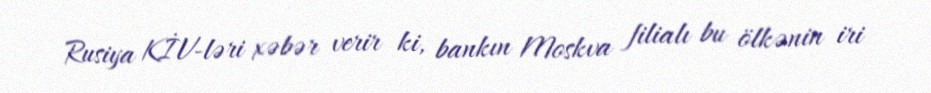
Rusiya KİV-ləri xəbər verir ki, bankın Moskva filialı bu ölkənin iri